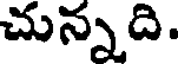
చున్నది.